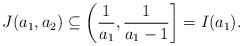
LaTeX: \begin{align*}J(a_1,a_2) \subseteq \left(\frac{1}{a_1}, \frac{1}{a_1-1} \right] = I(a_1). \end{align*}